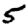
Digit: 5